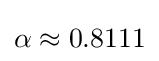
\alpha \approx 0.8111